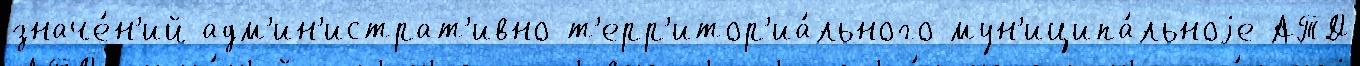
значе́н'ий адм'ин'истрат'ивно-т'ерр'итор'иа́льного мун'иципа́льноjе АТД